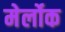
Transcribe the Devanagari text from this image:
मेर्लोक